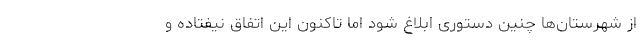
از شهرستان‌ها چنین دستوری ابلاغ شود اما تاکنون این اتفاق نیفتاده و